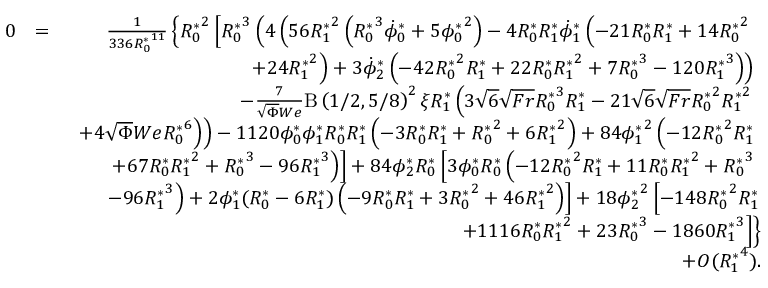
\begin{array} { r l r } { 0 } & { = } & { \frac { 1 } { 3 3 6 { R _ { 0 } ^ { * } } ^ { 1 1 } } \left\{ { R _ { 0 } ^ { * } } ^ { 2 } \left[ { R _ { 0 } ^ { * } } ^ { 3 } \left( 4 \left( 5 6 { R _ { 1 } ^ { * } } ^ { 2 } \left( { R _ { 0 } ^ { * } } ^ { 3 } \dot { \phi } _ { 0 } ^ { * } + 5 { \phi _ { 0 } ^ { * } } ^ { 2 } \right) - 4 { R _ { 0 } ^ { * } } { R _ { 1 } ^ { * } } \dot { \phi } _ { 1 } ^ { * } \left( - 2 1 { R _ { 0 } ^ { * } } { R _ { 1 } ^ { * } } + 1 4 { R _ { 0 } ^ { * } } ^ { 2 } \right. \right. \right. \right. \right. } \\ & { } & { \left. \left. \left. \left. \left. + 2 4 { R _ { 1 } ^ { * } } ^ { 2 } \right) + 3 \dot { \phi } _ { 2 } ^ { * } \left( - 4 2 { R _ { 0 } ^ { * } } ^ { 2 } { R _ { 1 } ^ { * } } + 2 2 { R _ { 0 } ^ { * } } { R _ { 1 } ^ { * } } ^ { 2 } + 7 { R _ { 0 } ^ { * } } ^ { 3 } - 1 2 0 { R _ { 1 } ^ { * } } ^ { 3 } \right) \right) \right. \right. \right. } \\ & { } & { \left. \left. \left. - \frac { 7 } { \sqrt { \Phi } W e } \mathrm { B } \left( 1 / 2 , 5 / 8 \right) ^ { 2 } \xi { R _ { 1 } ^ { * } } \left( 3 \sqrt { 6 } \sqrt { F r } { R _ { 0 } ^ { * } } ^ { 3 } { R _ { 1 } ^ { * } } - 2 1 \sqrt { 6 } \sqrt { F r } { R _ { 0 } ^ { * } } ^ { 2 } { R _ { 1 } ^ { * } } ^ { 2 } \right. \right. \right. \right. } \\ & { } & { \left. \left. \left. \left. + 4 \sqrt { \Phi } W e { R _ { 0 } ^ { * } } ^ { 6 } \right) \right) - 1 1 2 0 { \phi _ { 0 } ^ { * } } { \phi _ { 1 } ^ { * } } { R _ { 0 } ^ { * } } { R _ { 1 } ^ { * } } \left( - 3 { R _ { 0 } ^ { * } } { R _ { 1 } ^ { * } } + { R _ { 0 } ^ { * } } ^ { 2 } + 6 { R _ { 1 } ^ { * } } ^ { 2 } \right) + 8 4 { \phi _ { 1 } ^ { * } } ^ { 2 } \left( - 1 2 { R _ { 0 } ^ { * } } ^ { 2 } { R _ { 1 } ^ { * } } \right. \right. \right. } \\ & { } & { \left. \left. \left. + 6 7 { R _ { 0 } ^ { * } } { R _ { 1 } ^ { * } } ^ { 2 } + { R _ { 0 } ^ { * } } ^ { 3 } - 9 6 { R _ { 1 } ^ { * } } ^ { 3 } \right) \right] + 8 4 { \phi _ { 2 } ^ { * } } { R _ { 0 } ^ { * } } \left[ 3 { \phi _ { 0 } ^ { * } } { R _ { 0 } ^ { * } } \left( - 1 2 { R _ { 0 } ^ { * } } ^ { 2 } { R _ { 1 } ^ { * } } + 1 1 { R _ { 0 } ^ { * } } { R _ { 1 } ^ { * } } ^ { 2 } + { R _ { 0 } ^ { * } } ^ { 3 } \right. \right. \right. } \\ & { } & { \left. \left. - 9 6 { R _ { 1 } ^ { * } } ^ { 3 } \right) + 2 { \phi _ { 1 } ^ { * } } ( { R _ { 0 } ^ { * } } - 6 { R _ { 1 } ^ { * } } ) \left( - 9 { R _ { 0 } ^ { * } } { R _ { 1 } ^ { * } } + 3 { R _ { 0 } ^ { * } } ^ { 2 } + 4 6 { R _ { 1 } ^ { * } } ^ { 2 } \right) \right] + 1 8 { \phi _ { 2 } ^ { * } } ^ { 2 } \left[ - 1 4 8 { R _ { 0 } ^ { * } } ^ { 2 } { R _ { 1 } ^ { * } } \right. } \\ & { } & { \left. \left. + 1 1 1 6 { R _ { 0 } ^ { * } } { R _ { 1 } ^ { * } } ^ { 2 } + 2 3 { R _ { 0 } ^ { * } } ^ { 3 } - 1 8 6 0 { R _ { 1 } ^ { * } } ^ { 3 } \right] \right\} } \\ & { } & { + O ( { R _ { 1 } ^ { * } } ^ { 4 } ) . } \end{array}